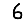
Digit: 6